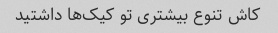
کاش تنوع بیشتری تو کیک‌ها داشتید